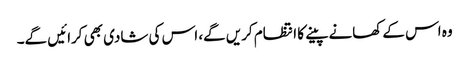
وہ اس کے کھانے پینے کا انتظام کریں گے، اس کی شادی بھی کرائیں گے۔